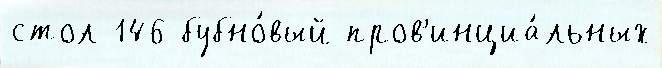
стол 146 бубно́вый пров'инциа́льных